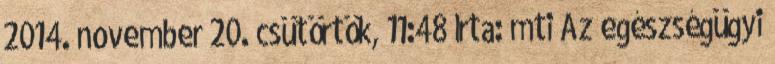
2014. november 20. csütörtök, 11:48 Írta: mti Az egészségügyi